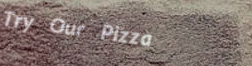
Try Our Pizza